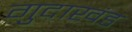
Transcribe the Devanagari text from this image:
गुदाखंड